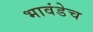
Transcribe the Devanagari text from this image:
भावंडेच